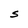
Character: S